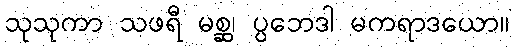
သုသုကာ သဖရီ မစ္ဆ၊ ပ္ပဘေဒါ မကရာဒယော။